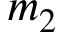
m _ { 2 }